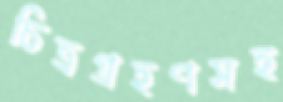
চিত্রগ্রহণসহ